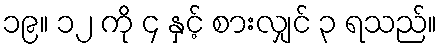
၁၉။ ၁၂ ကို ၄ နှင့် စားလျှင် ၃ ရသည်။